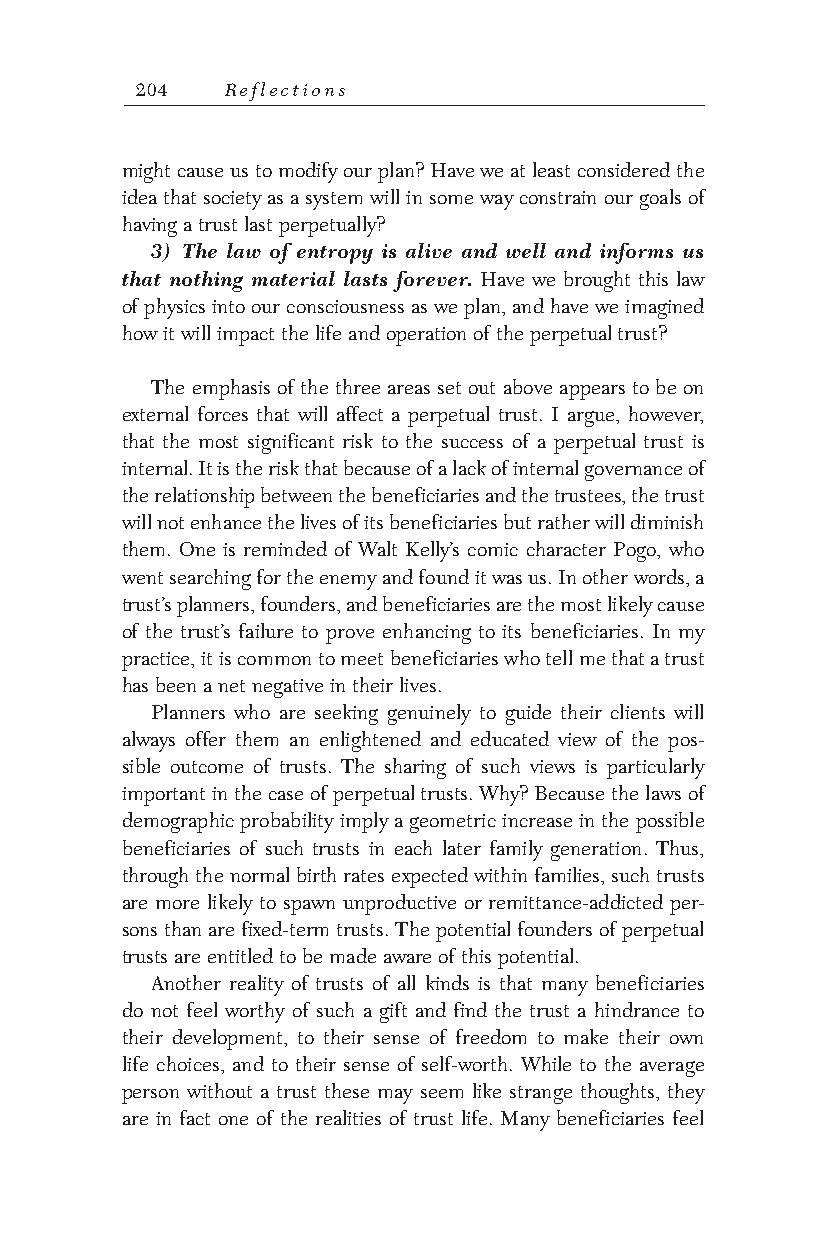
204   Reflections
 might cause us to modify our plan? Have we at least considered the
 idea that society as a system will in some way constrain our goals of
 having a trust last perpetually?
 3) The law of entropy is alive and well and informs us
 that nothing material lasts forever. Have we brought this law
 of physics into our consciousness as we plan, and have we imagined
 how it will impact the life and operation of the perpetual trust?
 The emphasis of the three areas set out above appears to be on
 external forces that will affect a perpetual trust. I argue, however,
 that the most significant risk to the success of a perpetual trust is
 internal. It is the risk that because of a lack of internal governance of
 the relationship between the beneficiaries and the trustees, the trust
 will not enhance the lives of its beneficiaries but rather will diminish
 them. One is reminded of Walt Kelly’s comic character Pogo, who
 went searching for the enemy and found it was us. In other words, a
 trust’s planners, founders, and beneficiaries are the most likely cause
 of the trust’s failure to prove enhancing to its beneficiaries. In my
 practice, it is common to meet beneficiaries who tell me that a trust
 has been a net negative in their lives.
 Planners who are seeking genuinely to guide their clients will
 always offer them an enlightened and educated view of the pos-
 sible outcome of trusts. The sharing of such views is particularly
 important in the case of perpetual trusts. Why? Because the laws of
 demographic probability imply a geometric increase in the possible
 beneficiaries of such trusts in each later family generation. Thus,
 through the normal birth rates expected within families, such trusts
 are more likely to spawn unproductive or remittance-addicted per-
 sons than are fixed-term trusts. The potential founders of perpetual
 trusts are entitled to be made aware of this potential.
 Another reality of trusts of all kinds is that many beneficiaries
 do not feel worthy of such a gift and find the trust a hindrance to
 their development, to their sense of freedom to make their own
 life choices, and to their sense of self-worth. While to the average
 person without a trust these may seem like strange thoughts, they
 are in fact one of the realities of trust life. Many beneficiaries feel